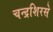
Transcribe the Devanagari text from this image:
चन्द्रशिरसे